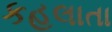
કહલાતા